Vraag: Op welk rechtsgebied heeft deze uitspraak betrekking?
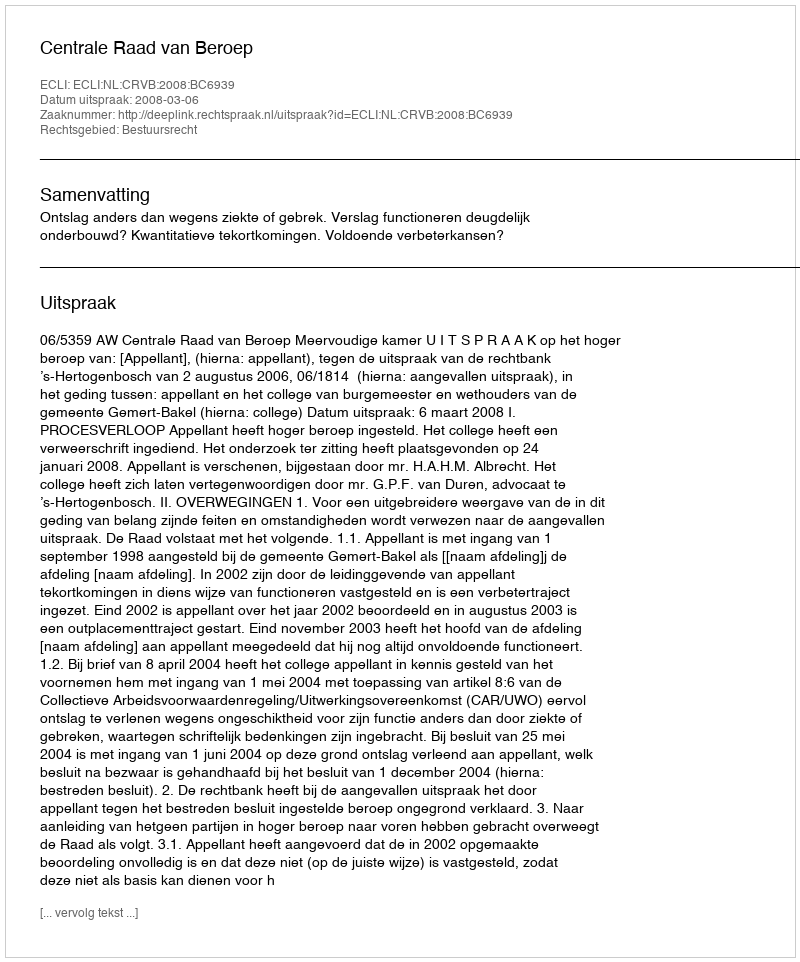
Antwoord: Bestuursrecht